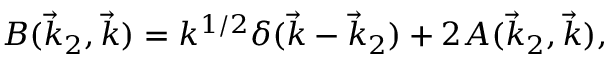
B ( \vec { k } _ { 2 } , \vec { k } ) = k ^ { 1 / 2 } \delta ( \vec { k } - \vec { k } _ { 2 } ) + 2 A ( \vec { k } _ { 2 } , \vec { k } ) ,